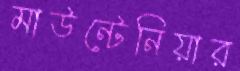
মাউন্টেনিয়ার